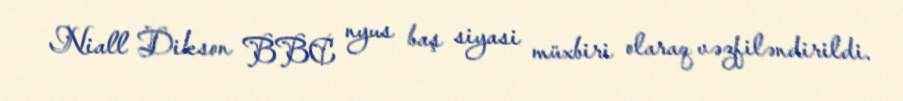
Niall Dikson BBC nyus baş siyasi müxbiri olaraq vəzfiləndirildi.